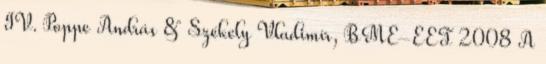
IV. Poppe András & Székely Vladimír, BME-EET 2008 A